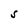
Character: S